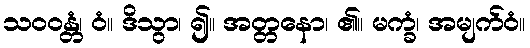
သဝဝန္တံ၊ ဝံ။ ဒိသွာ၊ ၍။ အတ္တနော၊ ၏။ မက္ခံ၊ အမျက်ဝံ။